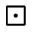
\boxdot